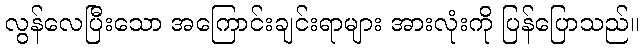
လွန်လေပြီးသော အကြောင်းချင်းရာများ အားလုံးကို ပြန်ပြောသည်။